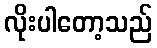
လိုးပါတော့သည်